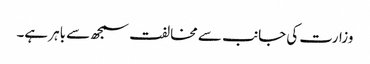
وزارت کی جانب سے مخالفت سمجھ سے باہر ہے۔